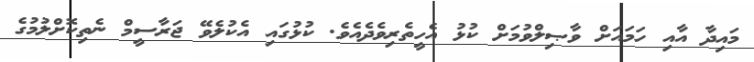
މައިދާ އާއި ހަމައަށް ވާޞިލްވުމަށް ކުޅު އެހީތެރިވެދެއެވެ. ކުޅުގައި އެކުލެވޭ ޖަރާސީމް ނެތިކޮށްލުމުގެ